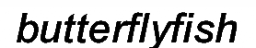
butterflyfish